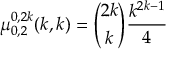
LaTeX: \mu _ { 0 , 2 } ^ { 0 , 2 k } ( k , k ) = { \binom { 2 k } { k } } { \frac { k ^ { 2 k - 1 } } { 4 } }